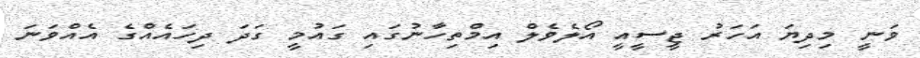
ވަނީ މިދިޔަ އަހަރު ޖީސީއީ އޯލެވެލް އިމްތިހާނުގައި ގައުމީ ގަދަ ދިހައެއްގެ އެއްވަނަ